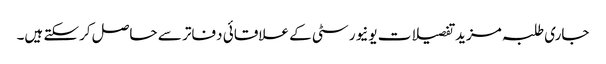
جاری طلبہ مزید تفصیلات یونیورسٹی کے علاقائی دفاتر سے حاصل کرسکتے ہیں۔